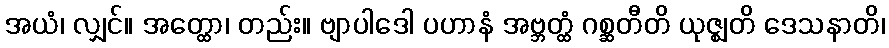
အယံ၊ လျှင်။ အတ္ထော၊ တည်း။ ဗျာပါဒေါ ပဟာနံ အဗ္ဘတ္ထံ ဂစ္ဆတီတိ ယုဇ္ဈတိ ဒေသနာတိ၊